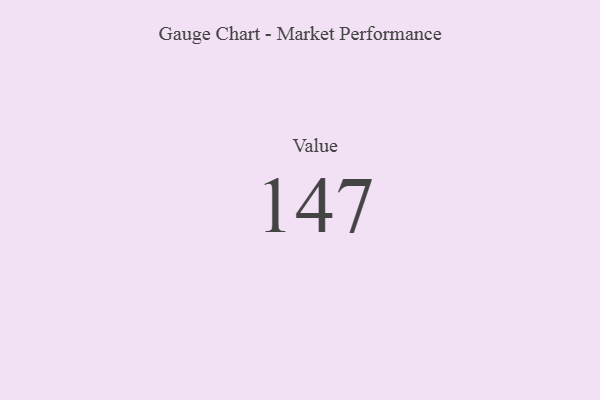
{"axis": {"x": "Metric", "y": "Value"}, "legend": [""], "data": [{"x": "Value", "y": 147, "type": ""}]}